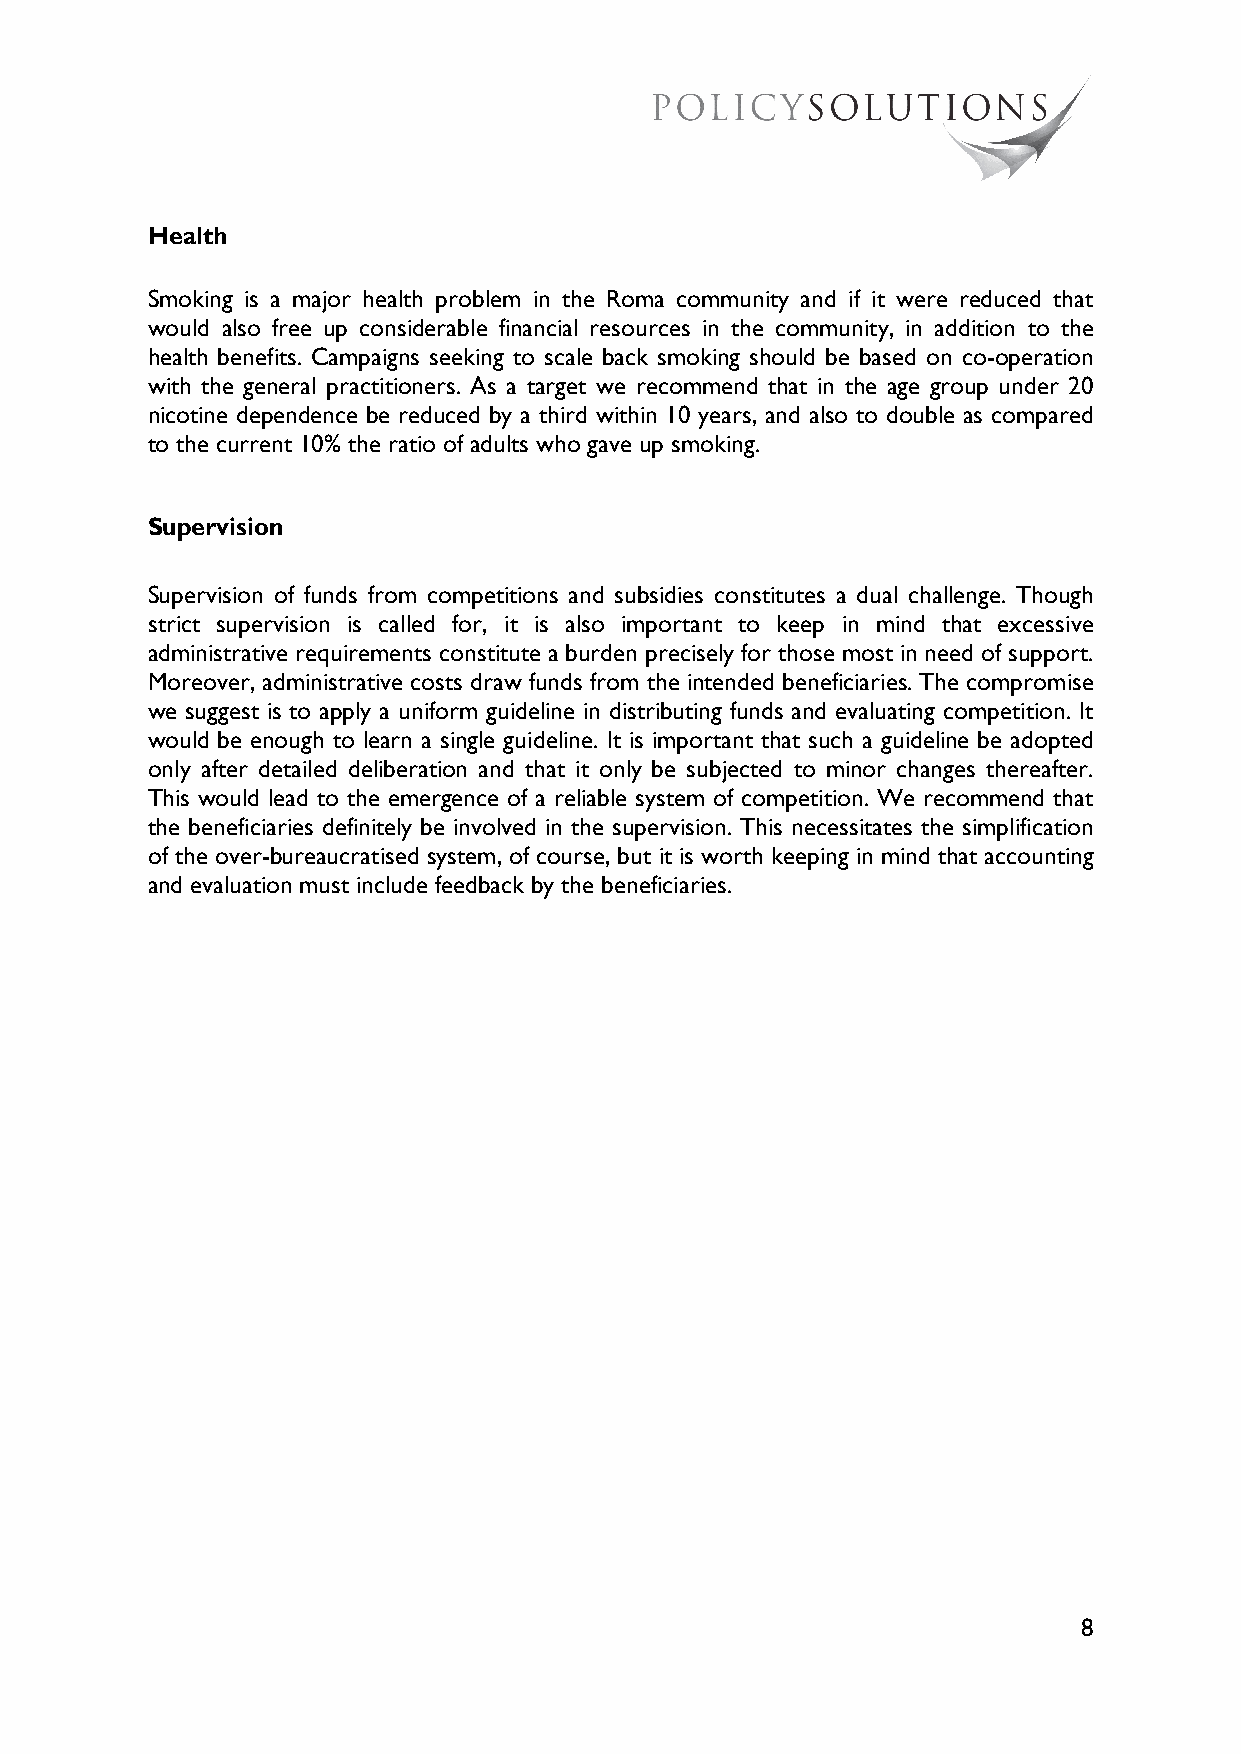
Health
 Smoking is a major health problem in the Roma community and if it were reduced that
 would also free up considerable financial resources in the community, in addition to the
 health benefits. Campaigns seeking to scale back smoking should be based on co-operation
 with the general practitioners. As a target we recommend that in the age group under 20
 nicotine dependence be reduced by a third within 10 years, and also to double as compared
 to the current 10% the ratio of adults who gave up smoking.
 Supervision
 Supervision of funds from competitions and subsidies constitutes a dual challenge. Though
 strict supervision is called for, it is also important to keep in mind that excessive
 administrative requirements constitute a burden precisely for those most in need of support.
 Moreover, administrative costs draw funds from the intended beneficiaries. The compromise
 we suggest is to apply a uniform guideline in distributing funds and evaluating competition. It
 would be enough to learn a single guideline. It is important that such a guideline be adopted
 only after detailed deliberation and that it only be subjected to minor changes thereafter.
 This would lead to the emergence of a reliable system of competition. We recommend that
 the beneficiaries definitely be involved in the supervision. This necessitates the simplification
 of the over-bureaucratised system, of course, but it is worth keeping in mind that accounting
 and evaluation must include feedback by the beneficiaries.
 8